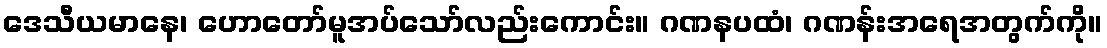
ဒေသီယမာနေ၊ ဟောတော်မူအပ်သော်လည်းကောင်း။ ဂဏနပထံ၊ ဂဏန်းအရေအတွက်ကို။